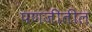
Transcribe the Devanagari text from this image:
पणजीतील